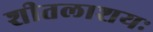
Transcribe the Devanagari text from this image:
शीतलाशयः